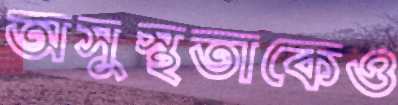
অসুস্থতাকেও